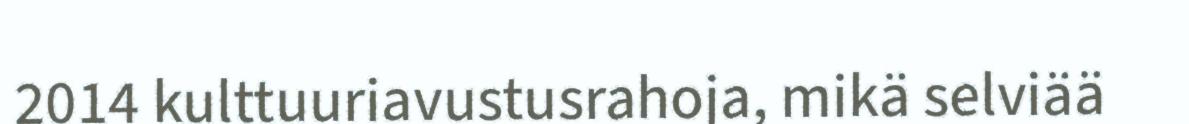
2014 kulttuuriavustusrahoja, mikä selviää